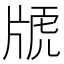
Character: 𤗕